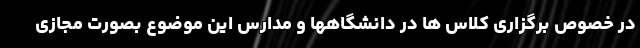
در خصوص برگزاری کلاس ها در دانشگاهها و مدارس این موضوع بصورت مجازی